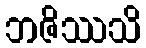
ဘဇိဿသိ